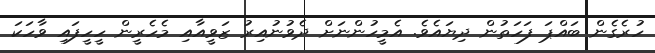
ހުރެގެން ބައްޕަ ފަހަތުން ދިޔައެވެ. އެމީހުންނަށް ދެވުނުއިރު ޒަވީއާއި މެހެރީން ހީހީފައި ވާހަކަ